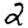
Digit: 2